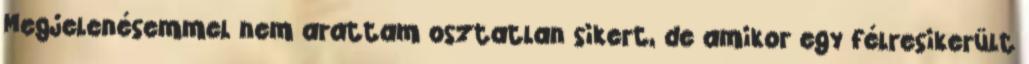
Megjelenésemmel nem arattam osztatlan sikert, de amikor egy félresikerült